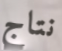
نتاج